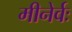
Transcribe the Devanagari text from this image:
मीनेर्वः